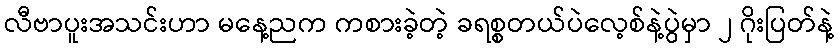
လီဗာပူးအသင်းဟာ မနေ့ညက ကစားခဲ့တဲ့ ခရစ္စတယ်ပဲလေ့စ်နဲ့ပွဲမှာ ၂ ဂိုးပြတ်နဲ့